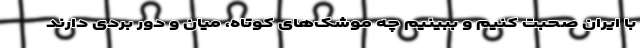
با ایران صحبت کنیم و ببینیم چه موشک‌های کوتاه، میان و دور بردی دارند